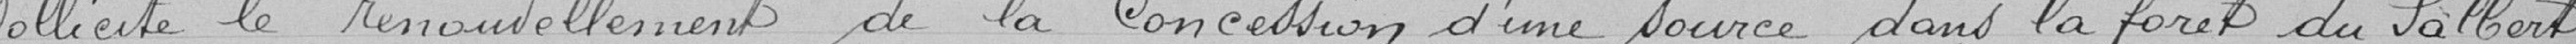
sollicite le renouvellement de la concession d'une source, dans la forêt du Salbert.